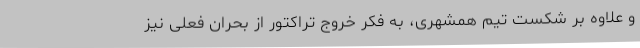
و علاوه بر شکست تیم همشهری، به فکر خروج تراکتور از بحران فعلی نیز